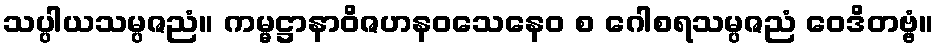
သပ္ပါယသမ္ပဇညံ။ ကမ္မဋ္ဌာနာဝိဇဟနဝသေနေဝ စ ဂေါစရသမ္ပဇညံ ဝေဒိတဗ္ဗံ။